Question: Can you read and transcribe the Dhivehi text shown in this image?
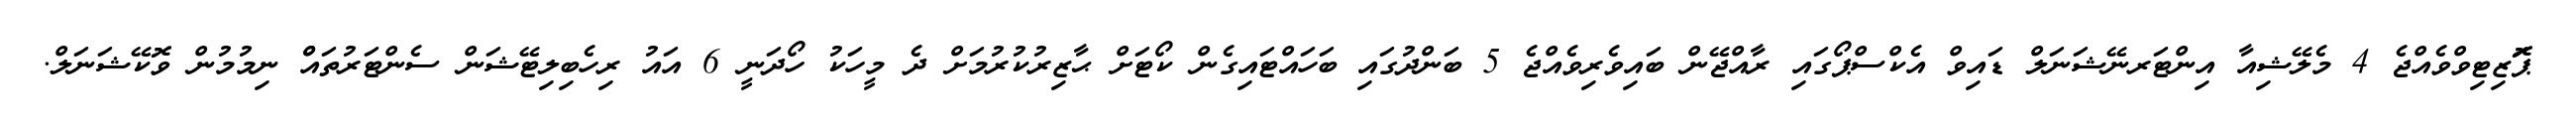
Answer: ޕަޮޒިޓިވްވެއްޖެ 4 މެލޭޝިއާ އިންޓަރނޭޝަނަލް ޑައިވް އެކްސްޕޯގައި ރާއްޖޭން ބައިވެރިވެއްޖެ 5 ބަންދުގައި ބަހައްޓައިގެން ކޯޓަށް ޙާޒިރުކުރުމަށް ދެ މީހަކު ހޯދަނީ 6 އައު ރިހެބިލިޓޭޝަން ސެންޓަރުތައްް ނިމުމުން ވޮކޭޝަނަލް.